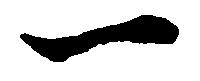
一